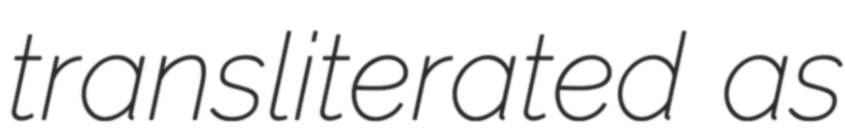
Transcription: transliterated as